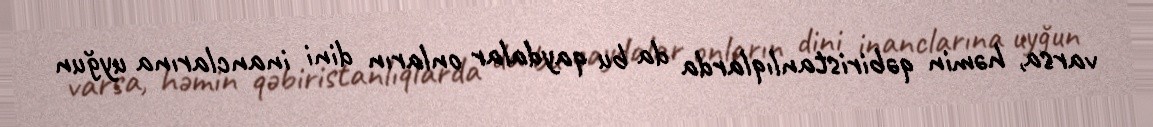
varsa, həmin qəbiristanlıqlarda da bu qaydalar onların dini inanclarına uyğun